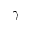
\gamma